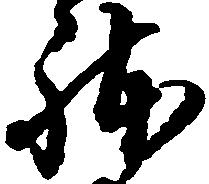
躰